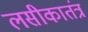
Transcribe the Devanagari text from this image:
लसीकातंत्र